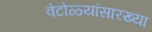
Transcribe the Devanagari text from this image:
वेटोळ्यांसारख्या